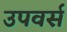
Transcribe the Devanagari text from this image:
उपवर्स